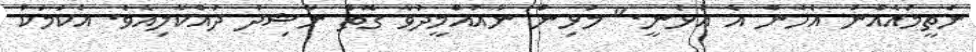
ނެތީމައެއްނު އެހެން އެ އުޅެނީ." މުޅިން ނާއުއްމީދުވާ ގޮތް ނާޝިދު ދައްކާލިއެވެ. އެކަމަކު